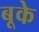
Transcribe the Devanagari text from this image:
बूके